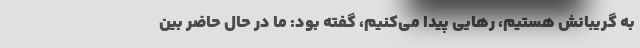
به گریبانش هستیم، رهایی پیدا می‌کنیم، گفته بود: ما در حال حاضر بین